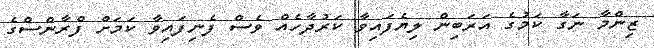
ޒިންމާ ނަގާ ކަމުގެ އަރަބިން ލިޔެފައިވާ ކަރުދާހެއް ވެސް ފެނިފައިވާ ކަމަށް ފްރާންސްގެ